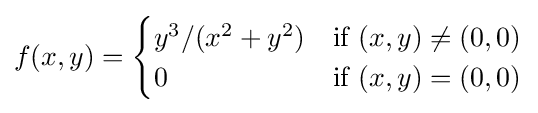
f(x,y)={\begin{cases}y^{3}/(x^{2}+y^{2})&{\text{if }}(x,y)\neq (0,0)\\0&{\text{if }}(x,y)=(0,0)\end{cases}}